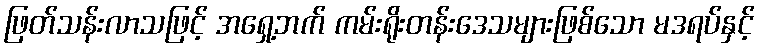
ဖြတ်သန်းလာသဖြင့် အရှေ့ဘက် ကမ်းရိုးတန်းဒေသများဖြစ်သော မဒရပ်နှင့်